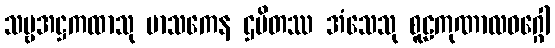
သဗ္ဗအဋ္ဌကထာသု မာသကေန ဌပိတဿ အံသေသု စူဠကုဏာလဝဂ္ဂေါ